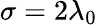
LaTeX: \sigma=2\lambda_{0}